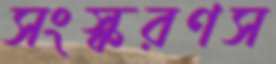
সংস্করণস